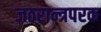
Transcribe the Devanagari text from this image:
जठरान्त्रपरक